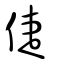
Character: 倢